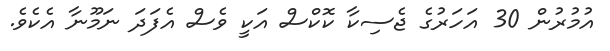
އުމުރުން 30 އަހަރުގެ ޖެސިކާ ކޮކްސް އަކީ ވެސް އެފަދަ ނަމޫނާ އެކެވެ.